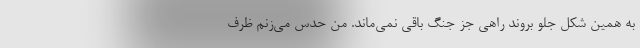
به همین شکل جلو بروند راهی جز جنگ باقی نمی‌ماند. من حدس می‌زنم ظرف